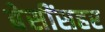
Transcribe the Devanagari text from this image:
बेसींसहर